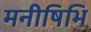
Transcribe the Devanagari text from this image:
मनीषिभि